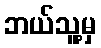
ဘယ်သူ့မှ